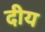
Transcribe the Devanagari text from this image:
दीय